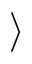
\rangle